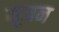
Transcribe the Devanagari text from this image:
यूजन